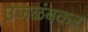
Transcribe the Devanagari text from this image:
उजळंबकर